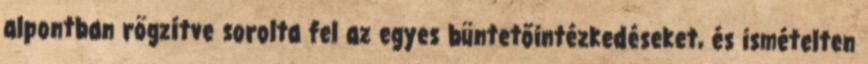
alpontban rögzítve sorolta fel az egyes büntetőintézkedéseket, és ismételten